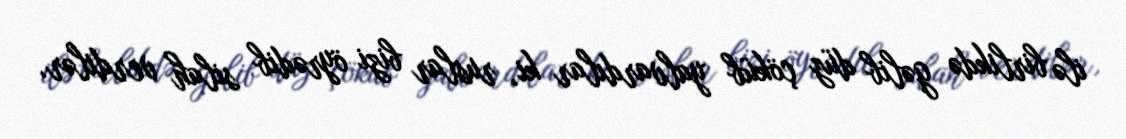
ilə birlikdə gəlib düz çöküb yalvardılar ki, ruslar bizi öyrədib silah verdilər,